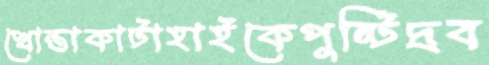
খোন্তাকাটাহাইকেপুষ্টিদ্রব